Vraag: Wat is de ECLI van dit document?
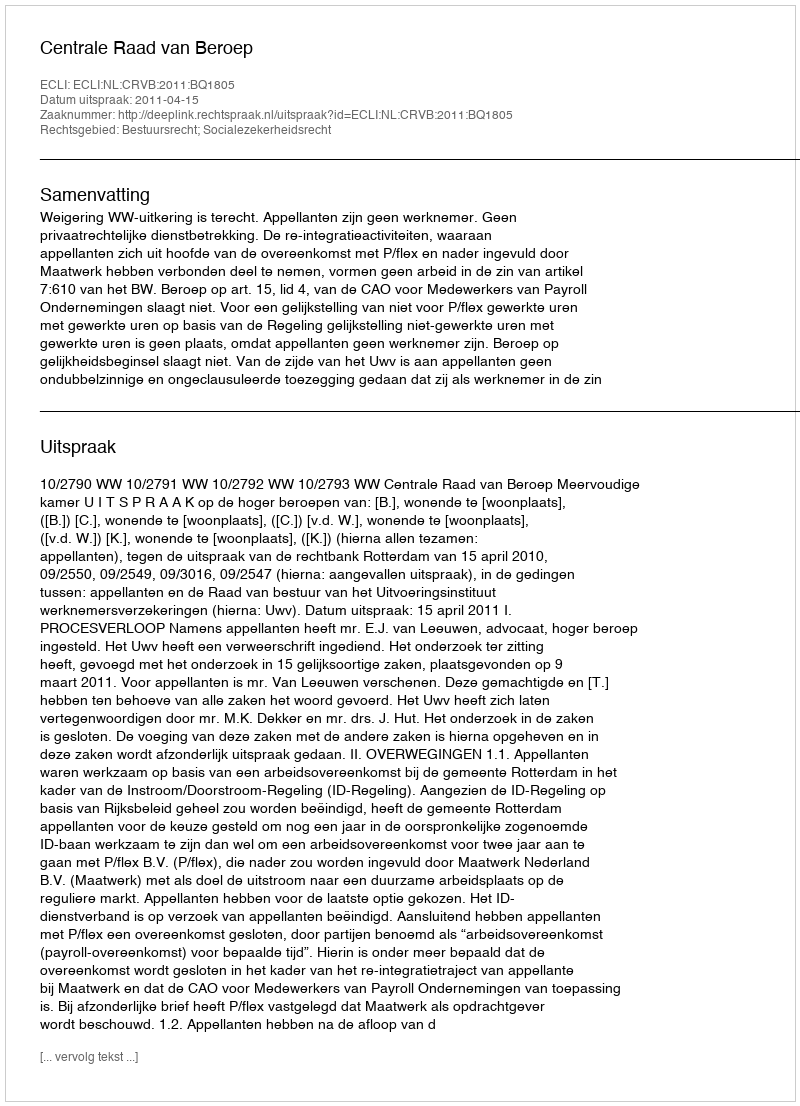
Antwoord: ECLI:NL:CRVB:2011:BQ1805